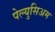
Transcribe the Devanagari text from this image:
पेल्युसिअम